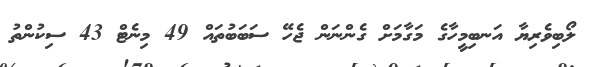
ލޯބިވެރިޔާ އަނބިމީހާގެ މަގާމަށް ގެންނަން ޖެހޭ ސަބަބުތައް 49 މިނެޓް 43 ސިކުންތު